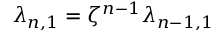
\lambda _ { n , 1 } = \zeta ^ { n - 1 } \lambda _ { { n - 1 } , 1 }